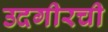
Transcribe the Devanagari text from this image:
उदगीरची